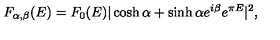
F _ { \alpha , \beta } ( E ) = F _ { 0 } ( E ) | \cosh \alpha + \sinh \alpha e ^ { i \beta } e ^ { \pi E } | ^ { 2 } ,